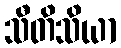
သီတိသိယာ